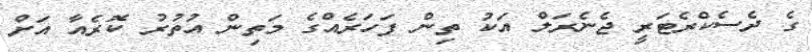
ގެ ދެސެކްރެޓަރީ ޖެނެރަލް އަކު ތިން ފަހަރެއްގެ މަތިން އުތުރު ކޮރެއާ އަށް